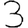
Digit: 3